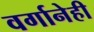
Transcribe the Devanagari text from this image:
वर्गानेही